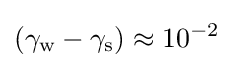
(\gamma _{\text{w}}-\gamma _{\text{s}})\approx 10^{-2}